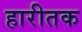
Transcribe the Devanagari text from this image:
हारीतक